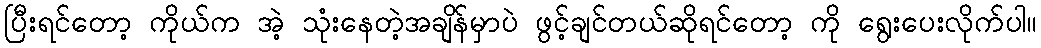
ပြီးရင်တော့ ကိုယ်က အဲ့ သုံးနေတဲ့အချိန်မှာပဲ ဖွင့်ချင်တယ်ဆိုရင်တော့ ကို ရွေးပေးလိုက်ပါ။